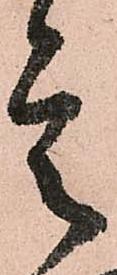
是